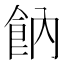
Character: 𩚛